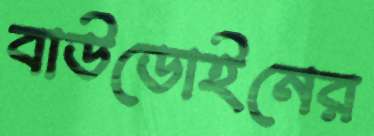
বাউডোইনের